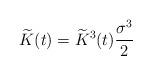
LaTeX: \begin{align*}\widetilde{K}(t) = \widetilde{K}^3(t) \frac{\sigma^3}{2}\end{align*}